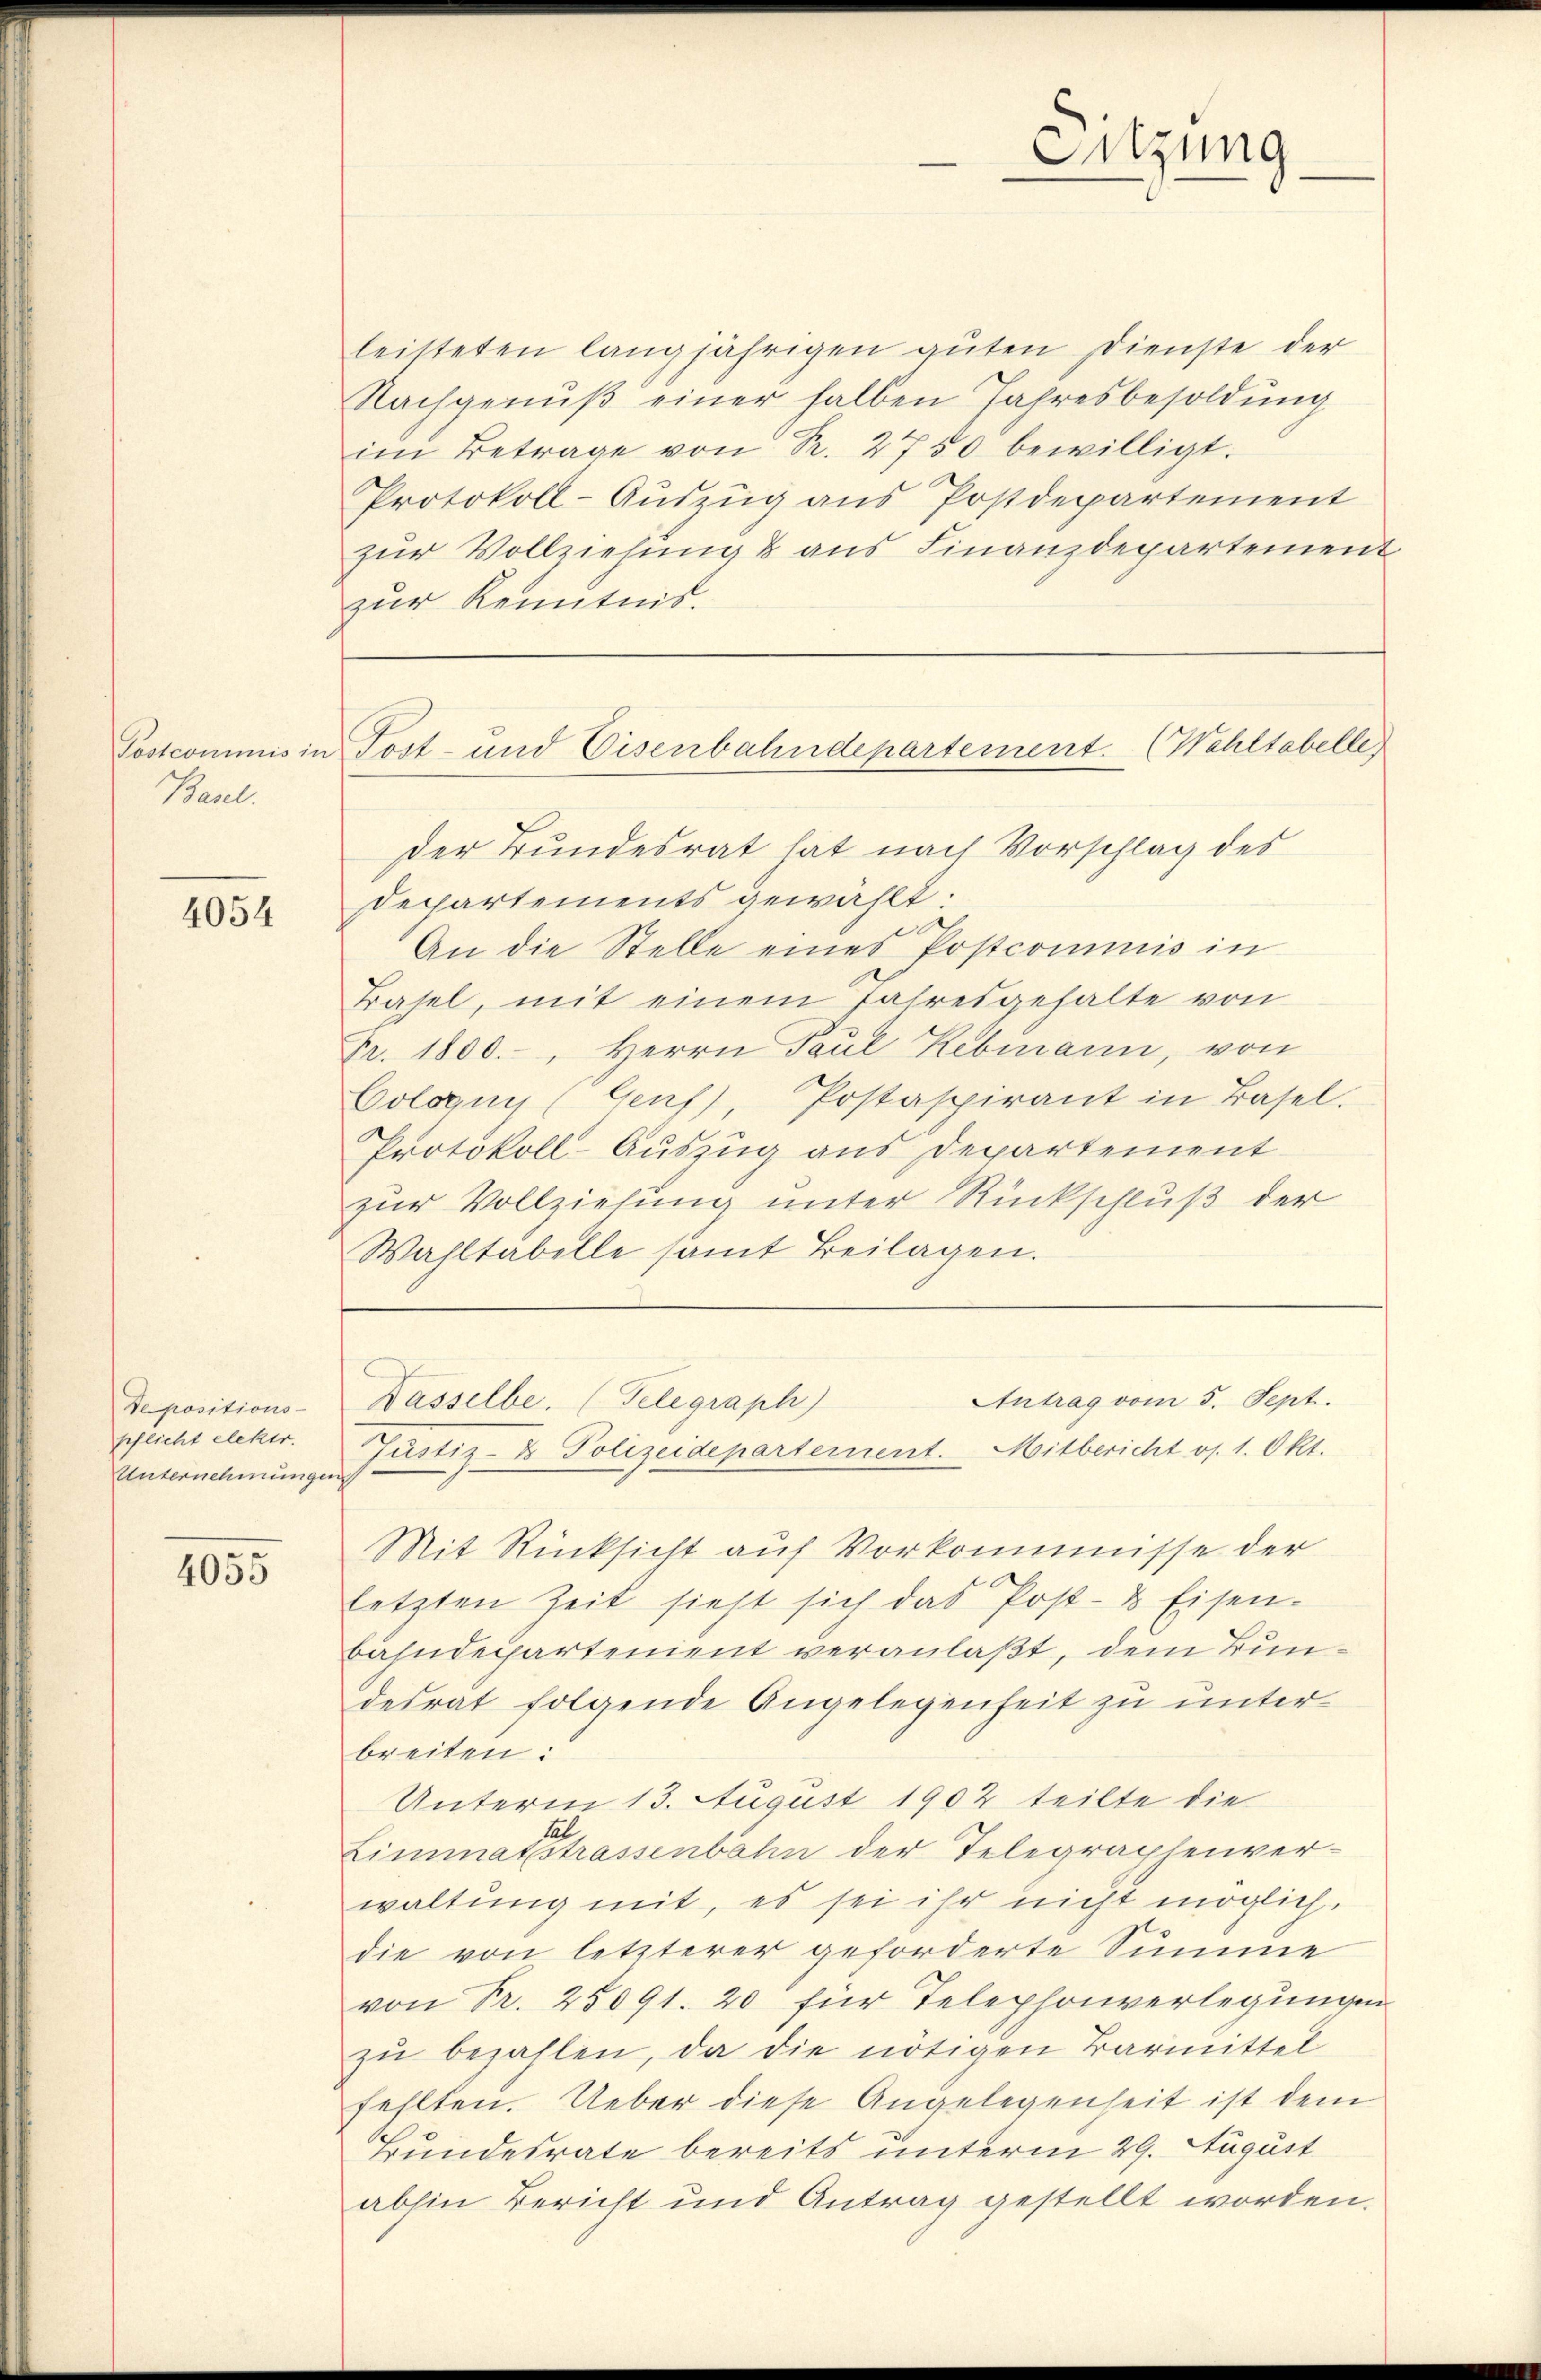
Baul.

4054

depositions-
pflicht elekir.
Unternehmungen

4055

Sitzung

leisteten langjährigen guten Dienste der
Nachgenŭβ einer halben Jahresbesoldŭng
im Betrage von R. 2750 bewilligt.
Protokoll-Aŭszŭg ans Postdepartement
zŭr Vollziehung & aus Finanzdepartement
zur Kenntnis.

Postcommis in Post- und Eisenbahndepartement. (Wahltabelle

der Bundesrat hat nach Vorschlag des
Departements gewählt:
An die Stelle eines Postcommis in
Basel, mit einem Jahresgehalte von
Fr. 1800.-, Herrn Paul Kebmann, von
Cologus (Genf), Postaspirant in Basel.
Protokoll-Auszug aus Departement
zur Vollziehung unter Rückschluß der
Wahltabelle samt Beilagen.
Justiz- & Polizeidepartement. Mitbericht os. 1. Okt.
Mit Rücksicht auf Vorkommnisse der
letzten Zeit sieht sich das Post- & Eisen-
bahndepartenient veranlaßt, dem Bundesrat folgende Angelegenheit zu unterbreiten:
Unterm 13. August 1902 teilte die
b
Limmatstrassenbahn der Telegraphenverwaltung mit, es sei ihr nicht möglich.
die von letzterer geforderte Summe
von Fr. 25091. 20 für Telephonverlegungen
zu bezahlen, da die nötigen Barmittel
fehlten. Ueber diese Angelegenheit ist dem
Bundesrate bereits unterm 29. August
abhin Bericht und Antrag gestellt worden.

Antrag vom 5. Sept.
Dasselbe. (Telegraph